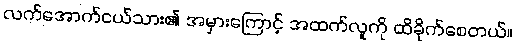
လက်အောက်ငယ်သား၏ အမှားကြောင့် အထက်လူကို ထိခိုက်စေတယ်။